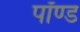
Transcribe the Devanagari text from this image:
पॉण्ड